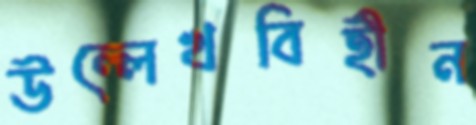
উল্লেখবিহীন